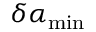
\delta \alpha _ { \operatorname* { m i n } }